Indian journal of veterinary science and animal husbandry - Volumes 18-21, 1948-1951
Year: 1948
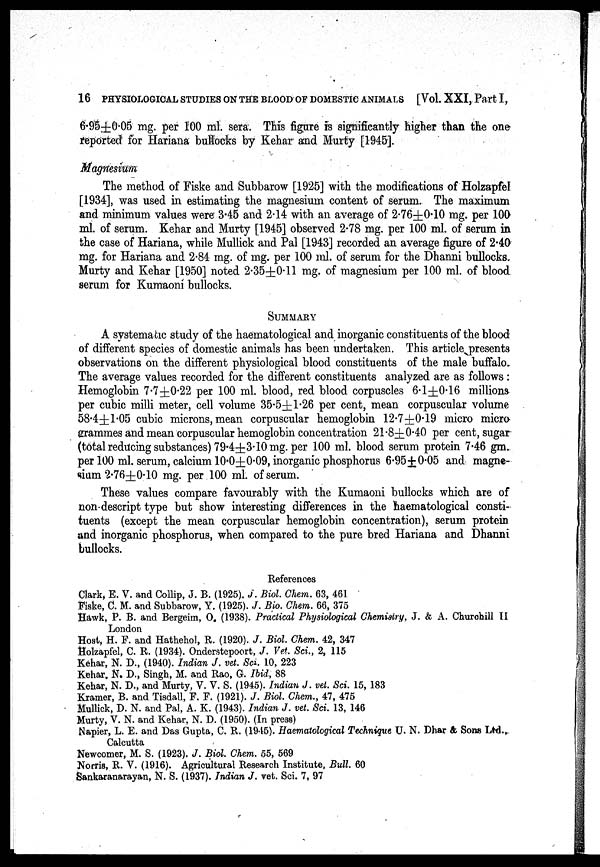
16 PHYSIOLOGICAL STUDIES ON THE BLOOD OF DOMESTIC ANIMALS [Vol. XXI, Part I,
6.95±0.05 mg. per 100 ml. sera. This figure is significantly higher than the one
reported for Hariana bullocks by Kehar and Murty [1945].
Magnesium
The method of Fiske and Subbarow [1925] with the modifications of Holzapfel
[1934], was used in estimating the magnesium content of serum. The maximum
and minimum values were 3.45 and 2.14 with an average of 2.76±0.10 mg. per 100
ml. of serum. Kehar and Murty [1945] observed 2.78 mg. per 100 ml. of serum in
the case of Hariana, while Mullick and Pal [1943] recorded an average figure of 2.40
mg. for Hariana and 2.84 mg. of mg. per 100 ml. of serum for the Dhanni bullocks.
Murty and Kehar [1950] noted 2.35±0.11 mg. of magnesium per 100 ml. of blood
serum for Kumaoni bullocks.
SUMMARY
A systematic study of the haematological and inorganic constituents of the blood
of different species of domestic animals has been undertaken. This article presents
observations on the different physiological blood constituents of the male buffalo.
The average values recorded for the different constituents analyzed are as follows :
Hemoglobin 7.7±0.22 per 100 ml. blood, red blood corpuscles 6.1±0.16 millions
per cubic milli meter, cell volume 35.5±1.26 per cent, mean corpuscular volume
58.4±1.05 cubic microns, mean corpuscular hemoglobin 12.7±0.19 micro micro
grammes and mean corpuscular hemoglobin concentration 21.8±0.40 per cent, sugar
(total reducing substances) 79.4±3.10 mg. per 100 ml. blood serum protein 7.46 gm.
per 100 ml. serum, calcium 10.0±0.09, inorganic phosphorus 6.95±0.05 and magne-
sium 2.76±0.10 mg. per 100 ml. of serum.
These values compare favourably with the Kumaoni bullocks which are of
non descript type but show interesting differences in the haematological consti-
tuents (except the mean corpuscular hemoglobin concentration), serum protein
and inorganic phosphorus, when compared to the pure bred Hariana and Dhanni
bullocks.
References
Clark, E. V. and Collip, J. B. (1925). J. Biol. Chem. 63, 461
Fiske, C. M. and Subbarow, Y. (1925). J. Bio. Chem. 66, 375
Hawk, P. B. and Bergeim, O. (1938). Practical Physiological Chemistry, J. & A. Churchill II
London
Host, H. F. and Hathehol, R. (1920). J. Biol. Chem. 42, 347
Holzapfel, C. R. (1934). Onderstepoort, J. Vet. Sci., 2, 115
Kehar, N. D., (1940). Indian J. vet. Sci. 10, 223
Kehar. N. D., Singh, M. and Rao, G. Ibid, 88
Kehar, N. D., and Murty, V. V. S. (1945). Indian J. vet. Sci. 15, 183
Kramer, B. and Tisdall, F. F. (1921). J. Biol. Chem., 47, 475
Mullick, D. N. and Pal, A. K. (1943). Indian J. vet. Sci. 13, 146
Murty, V. N. and Kehar, N. D. (1950). (In press)
Napier, L. E. and Das Gupta, C. R. (1945). Haematological Technique U. N. Dhar & Sons Ltd.,
Calcutta
Newcomer, M. S. (1923). J. Biol. Chem. 55, 569
Norris, R. V. (1916). Agricultural Research Institute, Bull. 60
Sankaranarayan, N. S. (1937). Indian J. vet. Sci. 7, 97